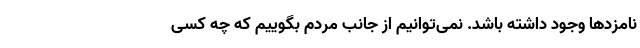
نامزدها وجود داشته باشد. نمی‌توانیم از جانب مردم بگوییم که چه کسی